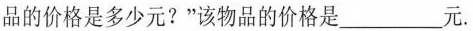
品的价格是多少元?”该物品的价格是-元。